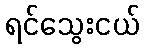
ရင်သွေးငယ်